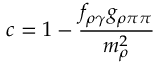
c = \displaystyle 1 - \frac { f _ { \rho \gamma } g _ { \rho \pi \pi } } { m _ { \rho } ^ { 2 } }